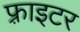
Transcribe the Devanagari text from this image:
फ़्राइटर